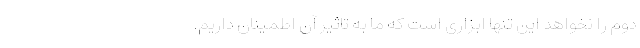
دوم را نخواهد این تنها ابزاری است که ما به تاثیر آن اطمینان داریم.